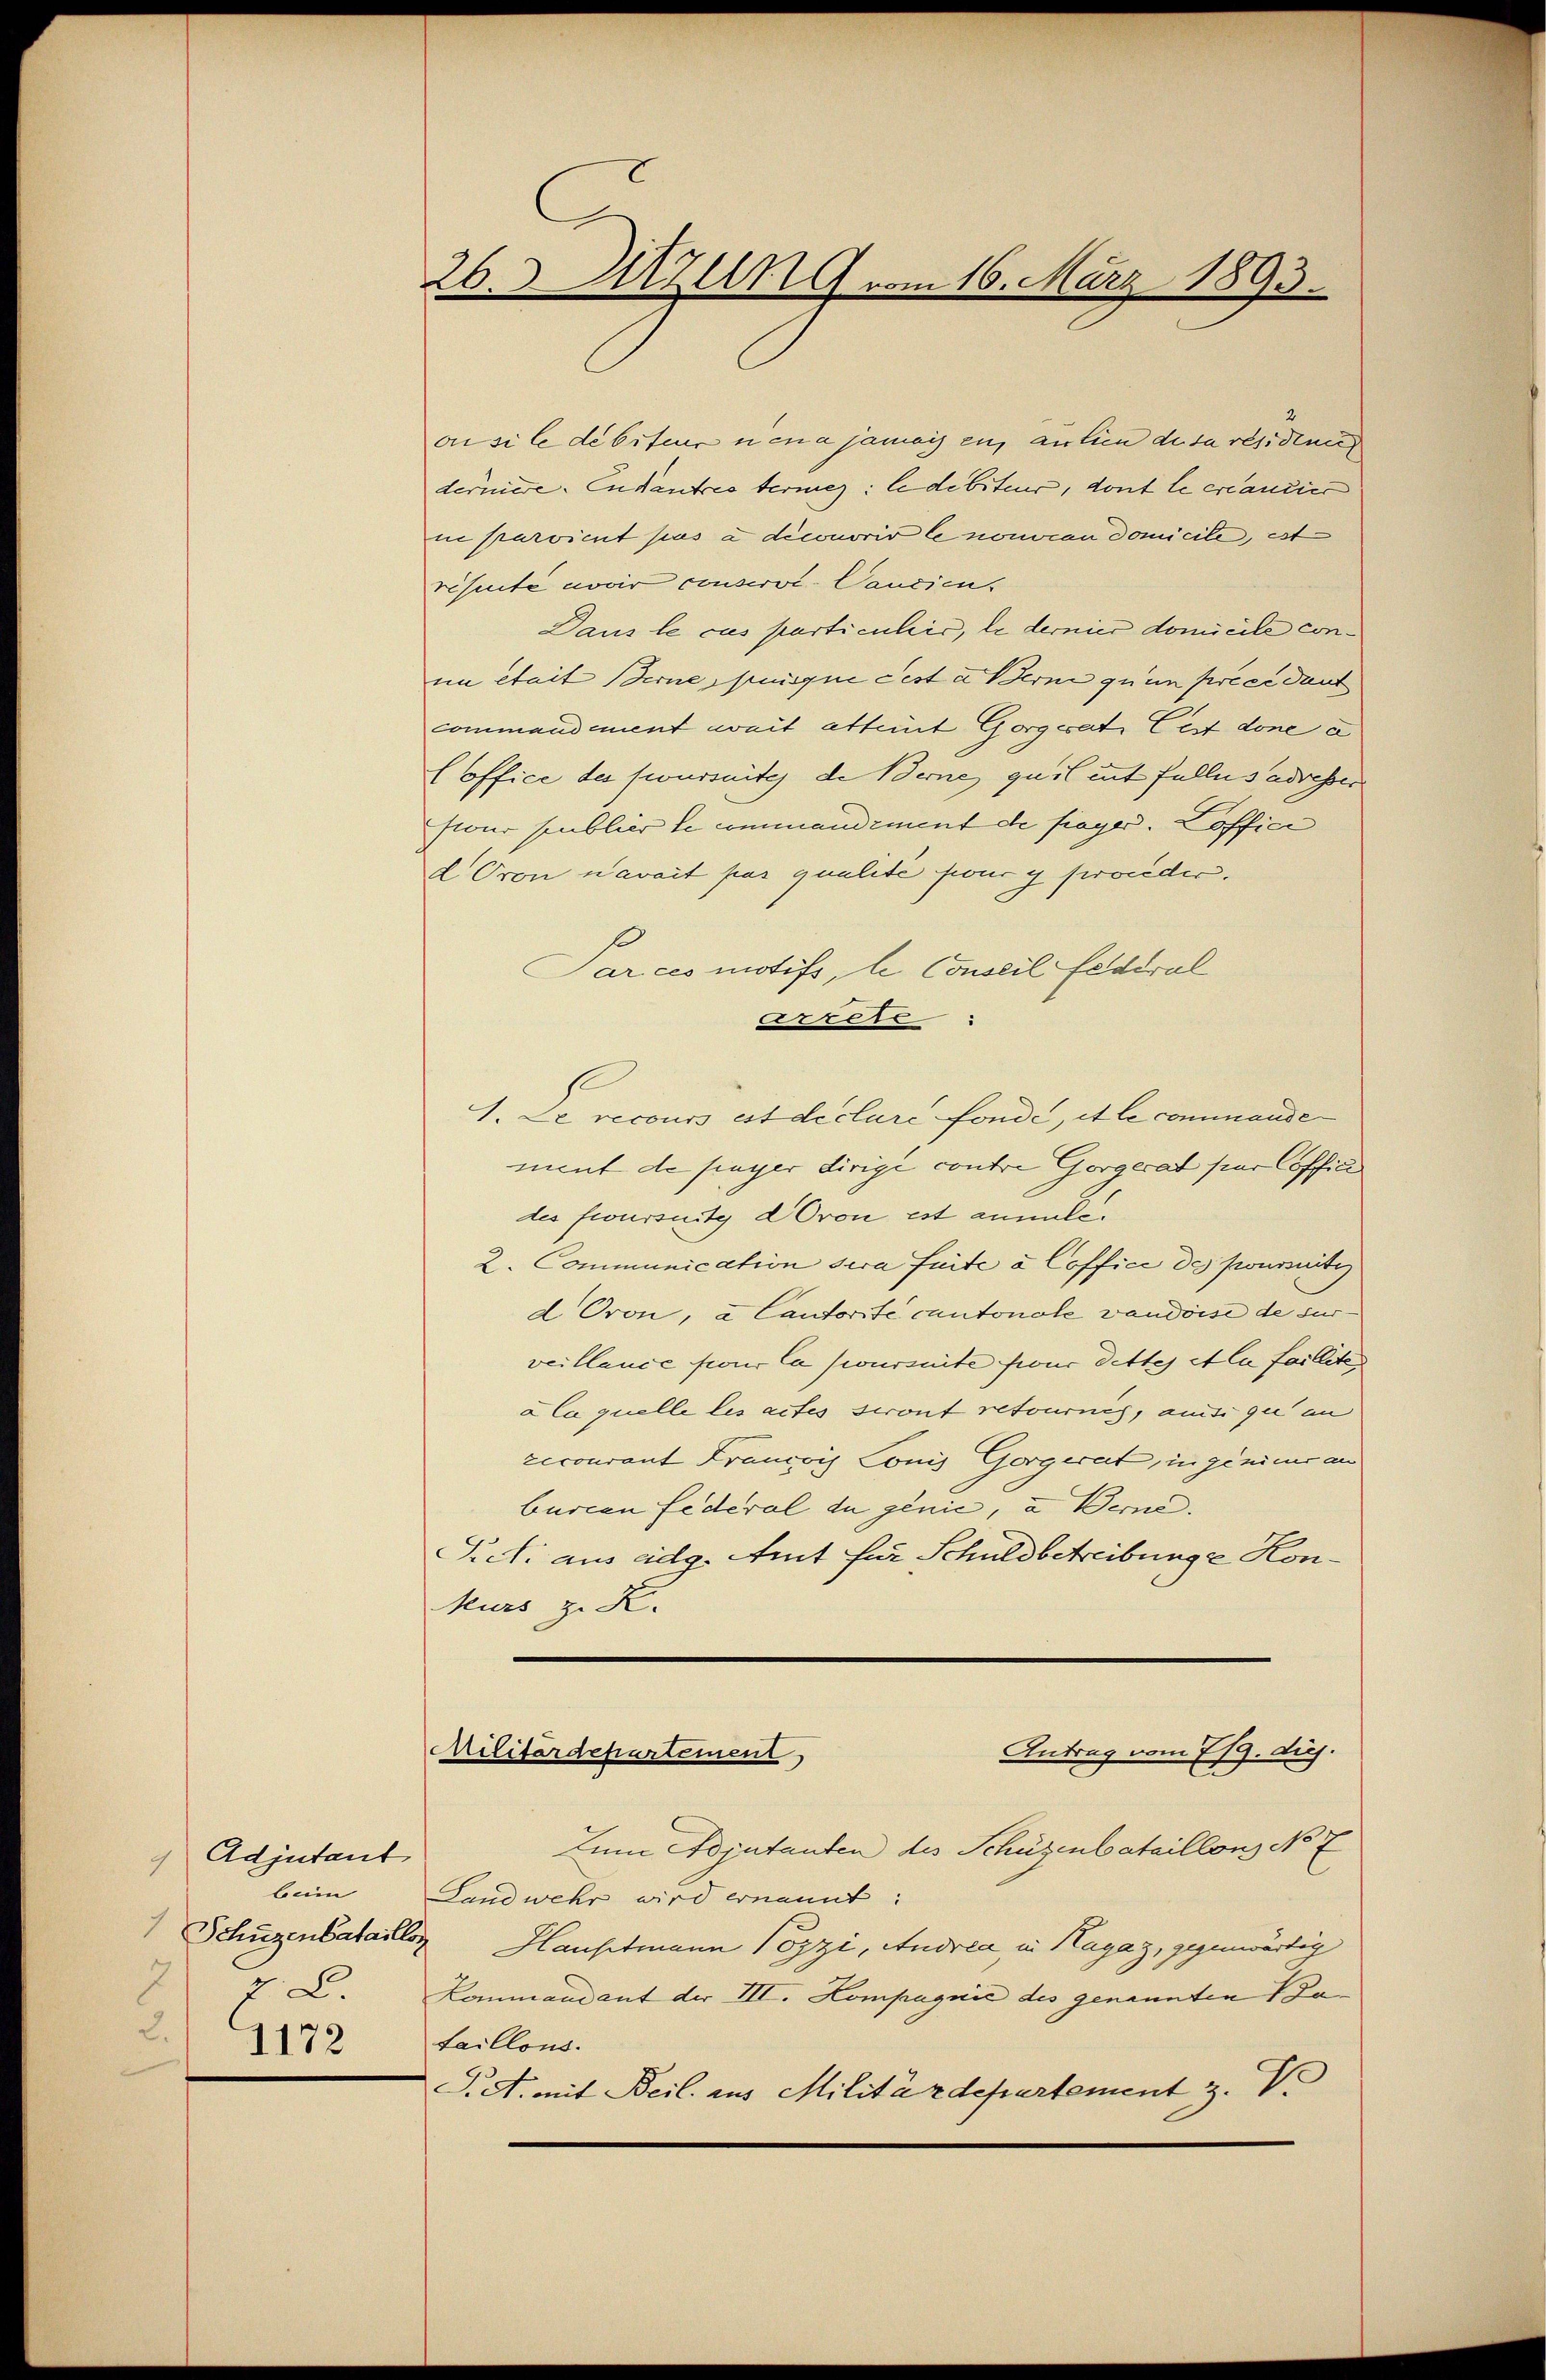
1 Adjutant
beim
Schüzenbataillos
f
2. 1172

26. Sitzung vom 16. März 1893.

ou si le debiteur nena jamais en an lien de sa residene
derniere. Endautres termes: le debiteur, dont le créancier
in parvient pas a diconoris le nouveau domicile, ist
räsente novir conservi- Cancien
Dans le cas particulis, le dernier domicile conun était Berne jusque ceste Berne quam preeedant
commandament weit attent Gorgeati Cest done a
(office des foursuite de Berne quil mit falles adresser
stour publier le commandiment de payer. Loffici
d Oron navait pas qualite four y proceder.
Parces motifs, le Conseil fédéral
arrere
1. De recours est declure fonde, et le commande
ment de payer dirigé contre Gorgerat hier Coffici
des froursuity dOron est annule.
2. Communication sera faite à Coffice des pournitz
d Oron, a Cautorité cantonale vaudoise de sur
veillance four la joursuite four dettes et la failleter
à la quelle les actes seront retournis, ansi que in
recourant Francois Conis Gorgerat, in genime an
burcan federal du genie, u Berne.
ict: aus eidg. Amt für Schuldbetreibunge Honkurs z. K.

Antrag vom 7/9. diej
Militärdepartement

Zum Adjutanten des Schüzenbataillons No 7
Landwehr wird ernannt:
Hauptmann Pozzi, Andrea in Hagaz, gegenwärtig
Lommandant der III. Kompagnić des genannten a
taillons.
S.S. mit Beil aus Militärdepartement z. V